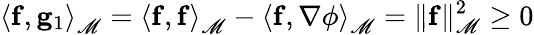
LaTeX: \left<\mathbf{f},\mathbf{g}_{1}\right>_{\mathscr{M}}=\left<\mathbf{f},\mathbf{f}\right>_{\mathscr{M}}-\left<\mathbf{f},\nabla\phi\right>_{\mathscr{M}}=\| \mathbf{f}\| _{\mathscr{M}}^{2}\geq 0